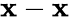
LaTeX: \mathbf{x}-\mathbf{x}